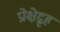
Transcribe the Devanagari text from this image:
प्रोक्षेद्गृहं